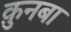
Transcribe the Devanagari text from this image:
क़ुनबा